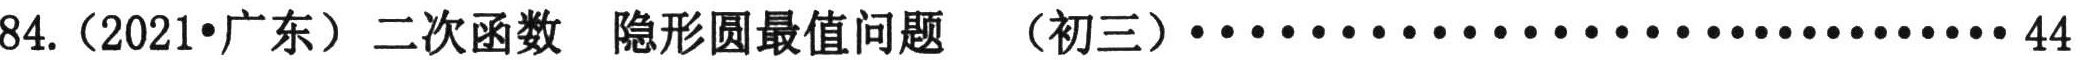
84.（2021•广东）二次函数 隐形圆最值问题 （初三）······························44